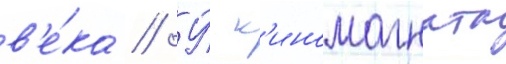
в'е́ка // У́ к'иномагната